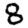
Digit: 8